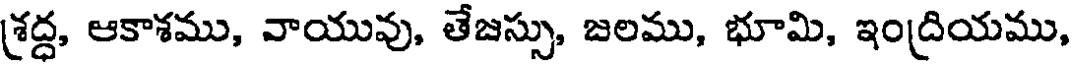
శ్రద్ద, ఆకాశము, వాయువు, తేజస్సు, జలము, భూమి, ఇంద్రియము,